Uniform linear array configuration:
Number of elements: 4
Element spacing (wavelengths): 0.75
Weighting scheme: kaiser
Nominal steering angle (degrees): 30
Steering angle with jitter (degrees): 28.928
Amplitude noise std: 0.05
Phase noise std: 0.05

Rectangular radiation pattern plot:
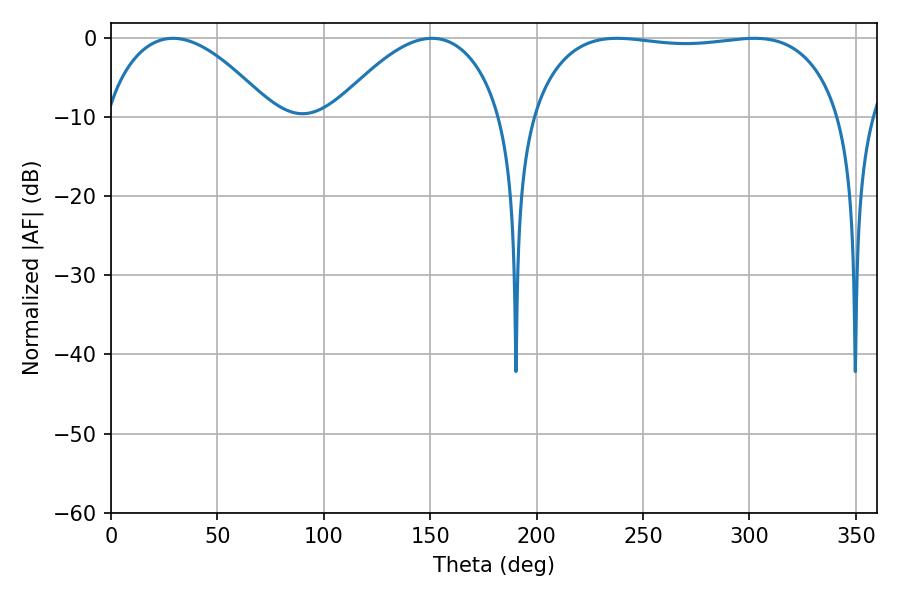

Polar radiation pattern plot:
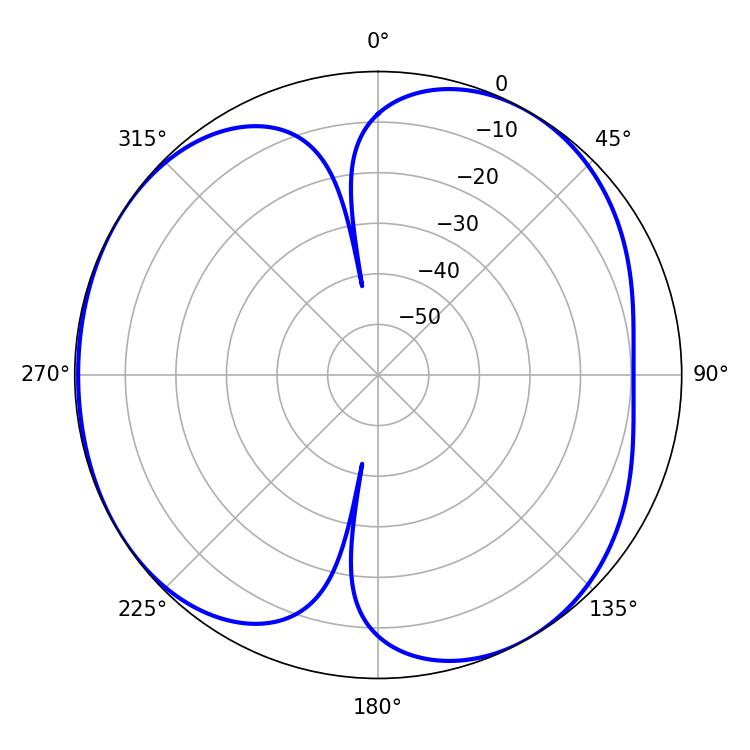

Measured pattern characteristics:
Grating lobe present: TRUE
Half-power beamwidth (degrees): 43.74
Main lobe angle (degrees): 29.16